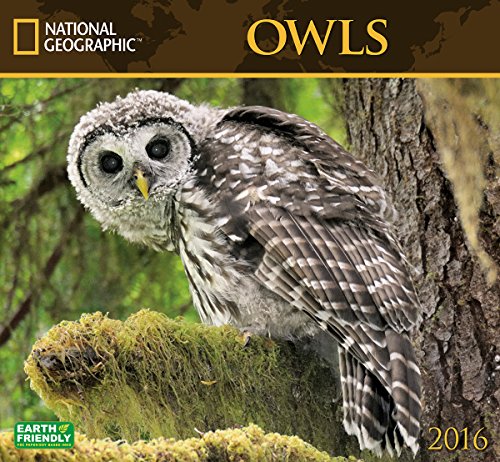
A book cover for Owls National Geographic 2016 Wall Calendar; National Geographic Society; Calendars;